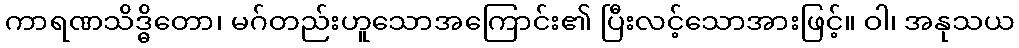
ကာရဏသိဒ္ဓိတော၊ မဂ်တည်းဟူသောအကြောင်း၏ ပြီးလင့်သောအားဖြင့်။ ဝါ၊ အနုသယ